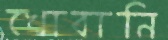
খোবানি